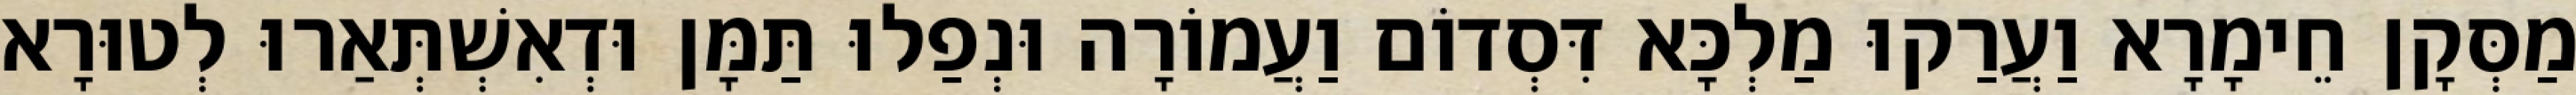
מַסְּקָן חֵימָרָא וַעֲרַקוּ מַלְכָּא דִּסְדוֹם וַעֲמוֹרָה וּנְפַלוּ תַּמָּן וּדְאִשְׁתְּאַרוּ לְטוּרָא